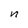
Character: n